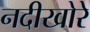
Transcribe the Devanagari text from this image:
नदीखोरे